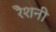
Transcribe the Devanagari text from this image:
रैशनी